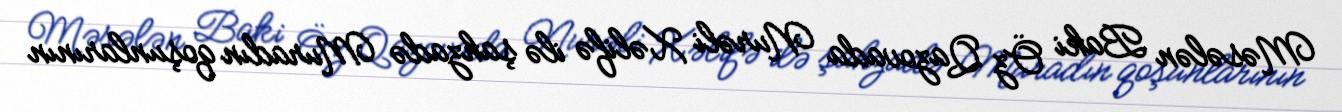
Məsələn Baki Öz Qazovada Nurəli Xəlifə ilə şahzadə Muradın qoşunlarının